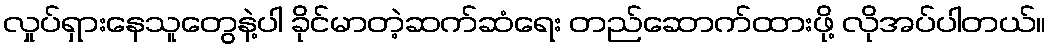
လှုပ်ရှားနေသူတွေနဲ့ပါ ခိုင်မာတဲ့ဆက်ဆံရေး တည်ဆောက်ထားဖို့ လိုအပ်ပါတယ်။